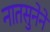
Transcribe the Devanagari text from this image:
नातसुनेने